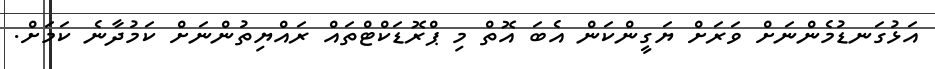
އަޅުގަނޑުމެންނަށް ވަރަށް ޔަގީންކަން އެބަ އޮތް މި ޕްރޮޑަކްޓްތައް ރައްޔިތުންނަށް ކަމުދާނެ ކަމަށް.